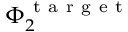
\Phi _ { 2 } ^ { \mathrm { ~ t ~ a ~ r ~ g ~ e ~ t ~ } }